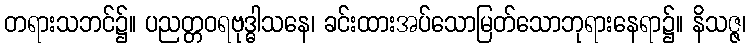
တရားသဘင်၌။ ပညတ္တဝရဗုဒ္ဓါသနေ၊ ခင်းထားအပ်သောမြတ်သောဘုရားနေရာ၌။ နိသဇ္ဇ၊